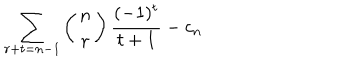
LaTeX: \sum _ { r + t = n - 1 } \left( \begin{matrix} { { n } } \\ { { r } } \\ \end{matrix} \right) \frac { ( - 1 ) ^ { t } } { t + 1 } - c _ { n }